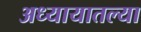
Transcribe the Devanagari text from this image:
अध्यायातल्या